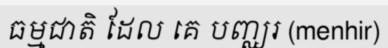
ធម្មជាតិ ដែល គេ បញ្ឈរ (menhir)